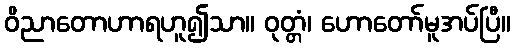
ဝိညာတောဟာရဟူ၍သာ။ ဝုတ္တံ၊ ဟောတော်မူအပ်ပြီ။